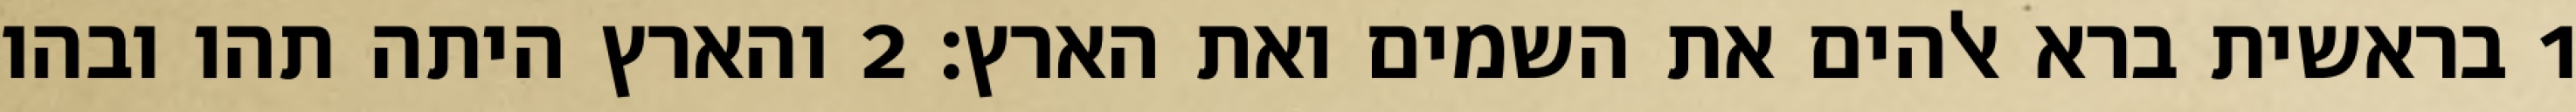
1 בראשית ברא אלהים את השמים ואת הארץ׃ ‎2‏ והארץ היתה תהו ובהו